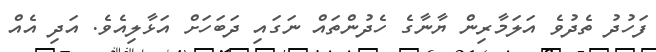
ފަހުދު ތެދުވެ އަލަމާރިން ޔާނާގެ ހެދުންތައް ނަގައި ދަބަހަށް އަޅާލިއެވެ. އަދި އެއް